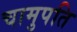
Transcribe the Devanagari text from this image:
चामुपति